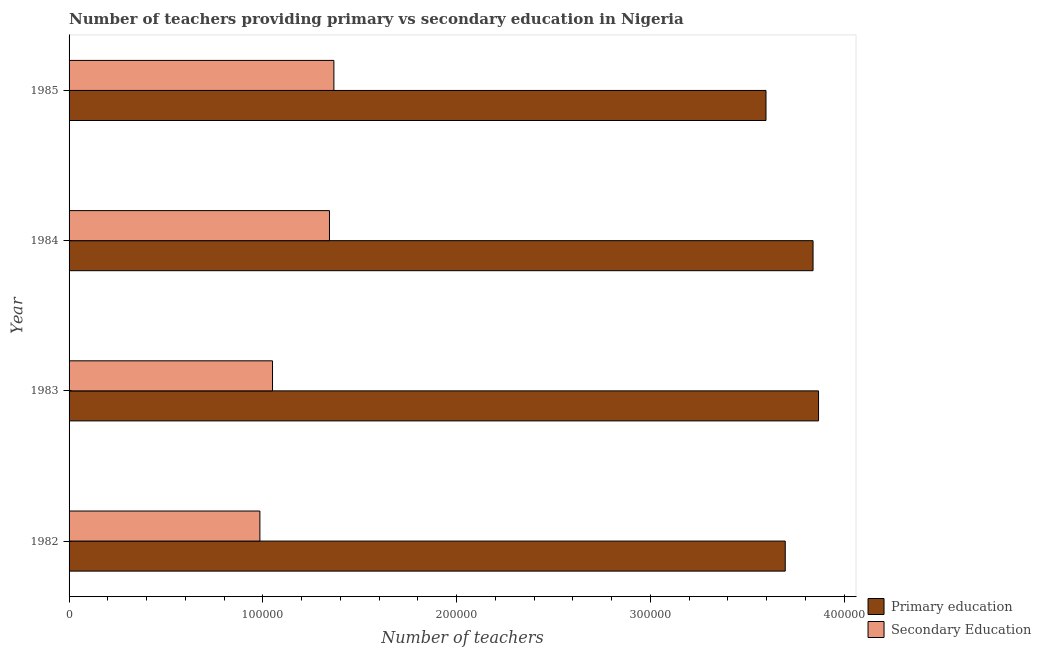
| Year | Primary education | Secondary Education |
 | --- | --- | --- |
 | 1982 | 3.7e+05 | 9.85e+04 |
 | 1983 | 3.87e+05 | 1.05e+05 |
 | 1984 | 3.84e+05 | 1.34e+05 |
 | 1985 | 3.6e+05 | 1.37e+05 |